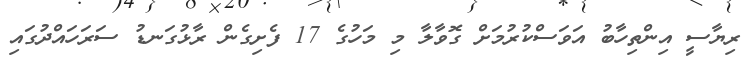
ރިޔާސީ އިންތިހާބު އަވަސްކުރުމަށް ގޮވާލާ މި މަހުގެ 17 ފެށިގެން ރާޅުގަނޑު ސަރަހައްދުގައި